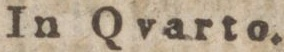
In Qvarto.